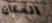
المكان